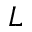
{ \cal L }